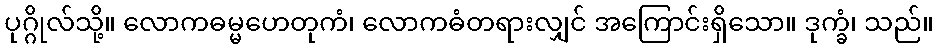
ပုဂ္ဂိုလ်သို့။ လောကဓမ္မဟေတုကံ၊ လောကဓံတရားလျှင် အကြောင်းရှိသော။ ဒုက္ခံ၊ သည်။